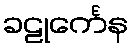
ခဠုင်္ကေန